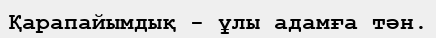
Қарапайымдық - ұлы адамға тән.